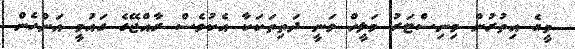
މީގެ އިތުރުން މިނިސްޓަރު މަލީހް ވަނީ ދަތިތަކަކާ އެކުވެސް ރާއްޖޭގެ ގައުމީ އަންހެން